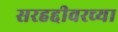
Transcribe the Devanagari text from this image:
सरहद्दीवरच्या